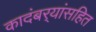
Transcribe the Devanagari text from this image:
कादंबर्‍यांसहित